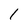
Character: 1